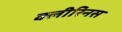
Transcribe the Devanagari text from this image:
क्लीरिनस